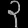
Digit: ၃